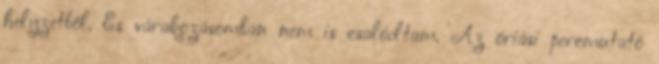
helyzetből. És várakozásomban nem is csalódtam. Az óriási percmutató